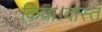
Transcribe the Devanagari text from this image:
किया।दोस्त